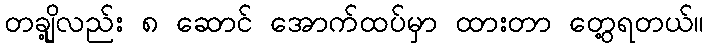
တချို့လည်း ၈ ဆောင် အောက်ထပ်မှာ ထားတာ တွေ့ရတယ်။